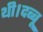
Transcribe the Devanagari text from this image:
थी।दब्बू